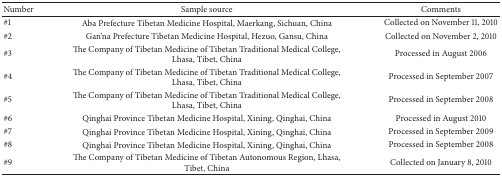
<table><thead><tr><td><b>Number</b></td><td><b>Sample source</b></td><td><b>Comments</b></td></tr></thead><tbody><tr><td>#1</td><td>Aba Prefecture Tibetan Medicine Hospital, Maerkang, Sichuan, China</td><td>Collected on November 11, 2010</td></tr><tr><td>#2</td><td>Gan&#x27;na Prefecture Tibetan Medicine Hospital, Hezuo, Gansu, China</td><td>Collected on November 2, 2010</td></tr><tr><td>#3</td><td>The Company of Tibetan Medicine of Tibetan Traditional Medical College, Lhasa, Tibet, China</td><td>Processed in August 2006</td></tr><tr><td>#4</td><td>The Company of Tibetan Medicine of Tibetan Traditional Medical College, Lhasa, Tibet, China</td><td>Processed in September 2007</td></tr><tr><td>#5</td><td>The Company of Tibetan Medicine of Tibetan Traditional Medical College, Lhasa, Tibet, China</td><td>Processed in September 2008</td></tr><tr><td>#6</td><td>Qinghai Province Tibetan Medicine Hospital, Xining, Qinghai, China</td><td>Processed in August 2010</td></tr><tr><td>#7</td><td>Qinghai Province Tibetan Medicine Hospital, Xining, Qinghai, China</td><td>Processed in September 2009</td></tr><tr><td>#8</td><td>Qinghai Province Tibetan Medicine Hospital, Xining, Qinghai, China</td><td>Processed in September 2008</td></tr><tr><td>#9</td><td>The Company of Tibetan Medicine of Tibetan Autonomous Region, Lhasa, Tibet, China</td><td>Collected on January 8, 2010</td></tr></tbody></table>